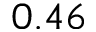
0 . 4 6